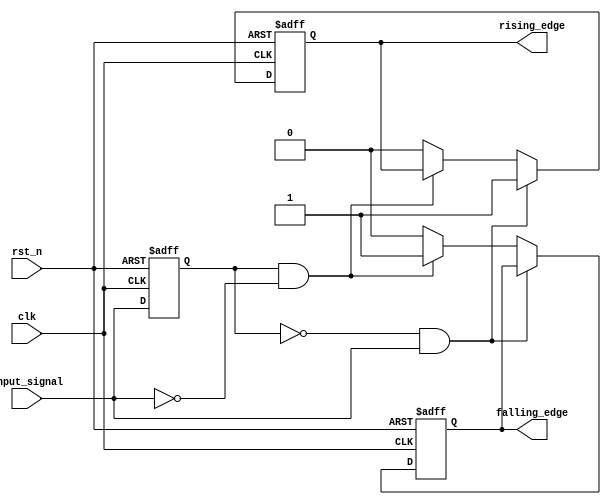
module edge_detector (
    input wire clk,           // Clock signal for synchronous operation
    input wire rst_n,        // Active low reset
    input wire input_signal,  // Input signal to be monitored
    output reg rising_edge,   // Rising edge output
    output reg falling_edge   // Falling edge output
);

// Parameters for hysteresis thresholds
parameter LOW_THRESHOLD = 1'b0;  // Minimum threshold for low state
parameter HIGH_THRESHOLD = 1'b1;  // Maximum threshold for high state

// Memory block to hold previous state
reg previous_state;

always @(posedge clk or negedge rst_n) begin
    if (!rst_n) begin
        previous_state <= LOW_THRESHOLD; // Initial state on reset
        rising_edge <= 1'b0;             // Clear rising edge signal
        falling_edge <= 1'b0;            // Clear falling edge signal
    end else begin
        // Edge detection logic
        if (previous_state == LOW_THRESHOLD && input_signal == HIGH_THRESHOLD) begin
            rising_edge <= 1'b1;          // Rising edge detected
        end else if (previous_state == HIGH_THRESHOLD && input_signal == LOW_THRESHOLD) begin
            falling_edge <= 1'b1;         // Falling edge detected
        end else begin
            rising_edge <= 1'b0;          // Clear rising edge signal if not detected
            falling_edge <= 1'b0;         // Clear falling edge signal if not detected
        end

        // Update previous state
        previous_state <= input_signal;
    end
end

endmodule